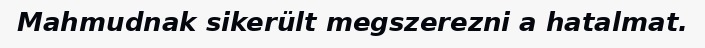
Mahmudnak sikerült megszerezni a hatalmat.